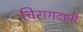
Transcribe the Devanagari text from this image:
चिरागदानी